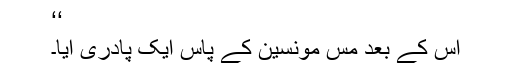
‘‘
اُس کے بعد مس مونسین کے پاس ایک پادری آیا۔